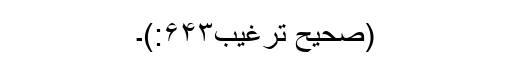
(صحیح ترغیب۶۴۳:)۔